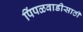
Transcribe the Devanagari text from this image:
पिंपळवाडीसाठी